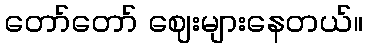
တော်တော် ဈေးများနေတယ်။